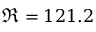
\Re = 1 2 1 . 2